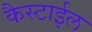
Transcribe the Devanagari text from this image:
कैस्टाईल